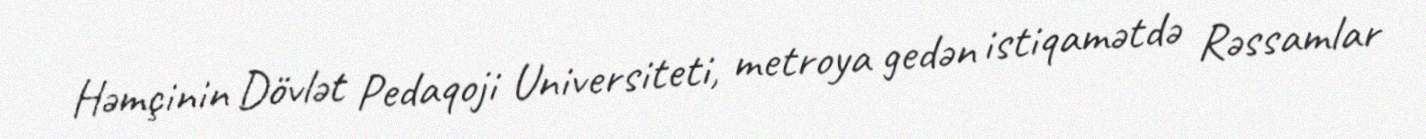
Həmçinin Dövlət Pedaqoji Universiteti, metroya gedən istiqamətdə Rəssamlar